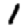
Digit: 1